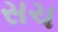
સચ